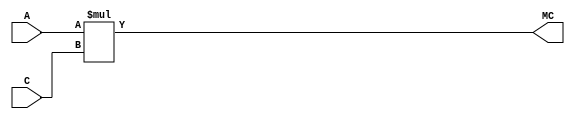
`timescale 1ns / 1ps

module cosine_MULF(input [7:0] A,C, output wire[15:0] MC);

//multiply amplitude with cosine look up table output and assign to MC
assign MC = A*C;

endmodule